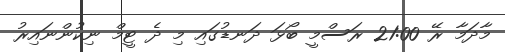
މާދަމާ ރޭ 21:00 ރަސްމީ ބޯޅަ ދަނޑުގައި މި ދެ ޓީމް ނިކުންނައިރު